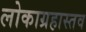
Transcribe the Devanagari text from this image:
लोकाग्रहास्तव